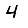
Digit: 4